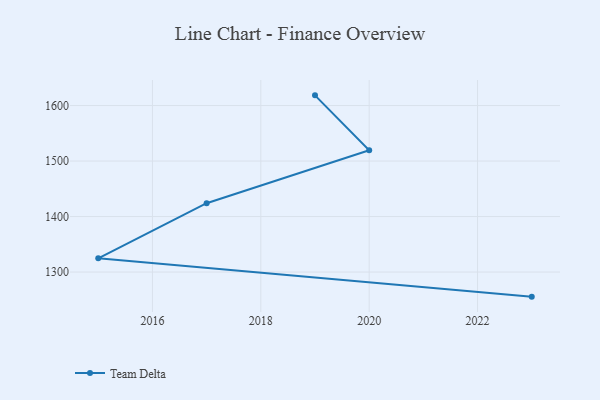
{"axis": {"x": "Year", "y": "Website Visitors"}, "legend": ["Team Delta"], "data": [{"x": "2019", "y": 1618.4, "type": "Team Delta"}, {"x": "2020", "y": 1519.6, "type": "Team Delta"}, {"x": "2017", "y": 1424.1, "type": "Team Delta"}, {"x": "2015", "y": 1324.8, "type": "Team Delta"}, {"x": "2023", "y": 1255.7, "type": "Team Delta"}]}